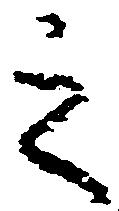
之